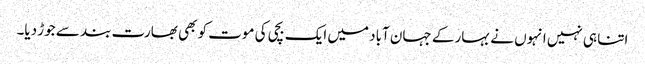
اتنا ہی نہیں انہوں نے بہار کے جہان آباد میں ایک بچی کی موت کو بھی بھارت بند سے جوڑ دیا۔